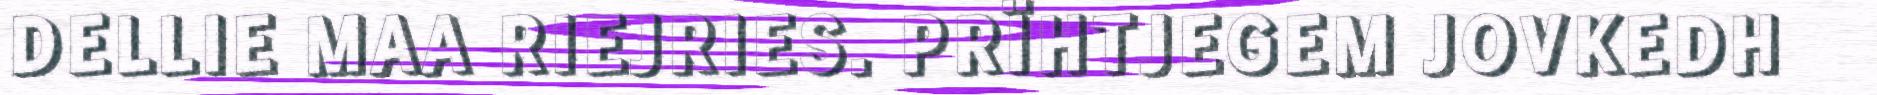
DELLIE MAA RIEJRIES. PRÏHTJEGEM JOVKEDH